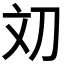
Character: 𰄢